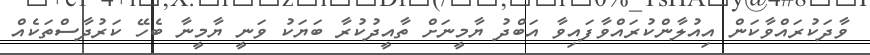
ވާދަކުރައްވާކަން އިއުލާންކުރައްވާފައިވާ އަބްދު ޔާމީނަށް ތާއީދުކުރާ ބަޔަކު ވަނީ ޔާމީނާ ބެހޭ ކަރުދާސްތަކެއް